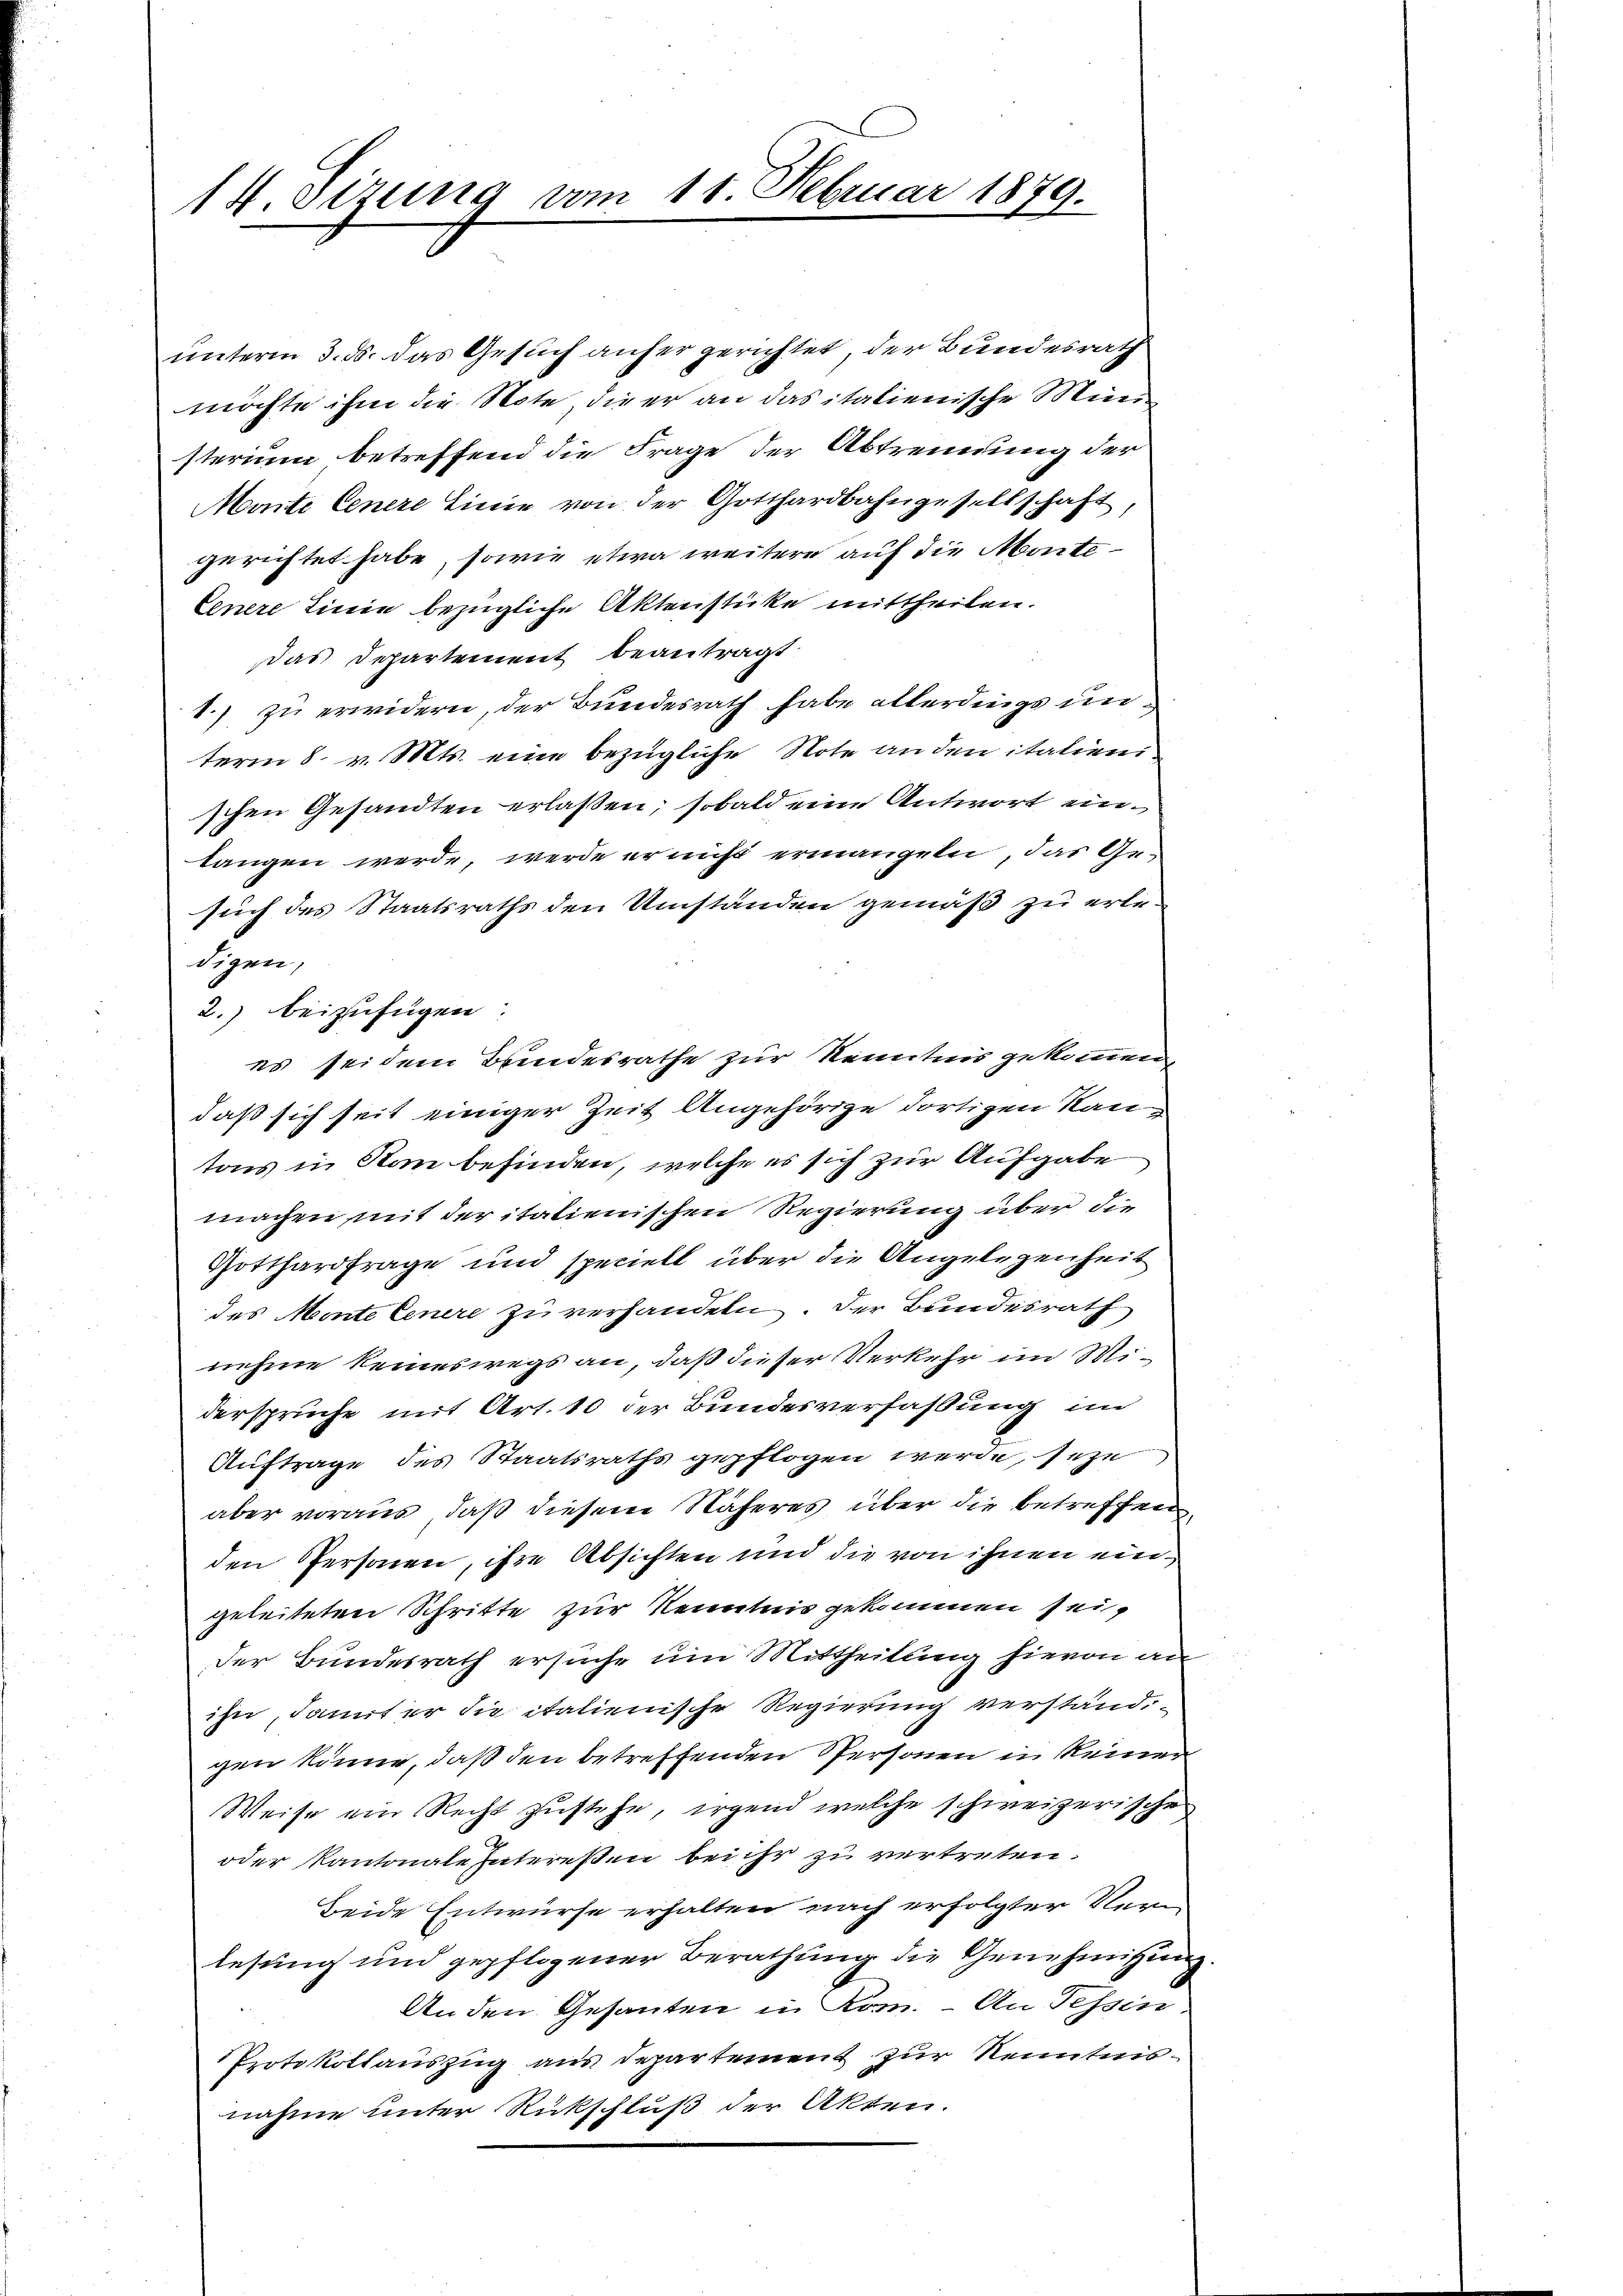
14. Sizung vom 11. Februar 1879.

unterm 3. ds. das Gesuch anher gerichtet, der Bundesrath
möchte ihm die Note die er an das italienische Münsterium betreffend die Frage der Abtrennung der
Maite Cenere Linie von der Gotthardbahngesellschaft,
gerichtet habe, sowie etwa weitere auf die Monte¬
Cenere Linie bezügliche Aktenstücke mittheilen.
Das Departement beantragt.
1.) zu erwidern, der Bundesrath habe allerdings unterm 8. v. Mts. eine bezügliche Note an den italieni
schen Gesandten erlaßen; sobald eine Antwort einlangen werde, werde er nicht ermangeln, das Ge-
such des Staatsraths den Umständen gemäß zu erle-
digen,
2.) beizufügen:
es sei dem Bundesrathe zur Kenntnis gekommen
daß sich seit einiger Zeit Angehörige dortigen Kantons in Man befinden, welche es sich zur Aufgabe
machen mit der italienischen Regierung über die
Gotthardfrage und speciell über die Angelegenheit
des Mente Cenere zu verhandeln. Der Bundesrath
nehme keineswegs an, daß dieser Verkehr im Midersprüche mit Art. 10 der Bundesverfassung im
Auftrage des Staatsraths gepflogen werde, seze
aber voraus, daß diesem Näheres über die betreffen
den Personen, ihre Absichten und die von ihnen ein
geleiteten Schritte zur Kenntnis gekommen sei,
Der Bundesrath ersuche um Mittheilung hievon an
ihn, damit er die italienische Regierung verstand,
gen könne, daß den betreffenden Personen in keinen
Weise ein Recht zustehe, irgend welche schweizerische
oder Kantonale Intereßen bei ihr zu vertreten.
beide Entwurfe erhalten nach erfolgter Verlesung und gepflogener Berathung die Genehmigung
Anden Gesanten in Rom. - An Tessin.
Protokollauszug aus Departement zur Kenntnisnahme unter Rückschluß der Akten.